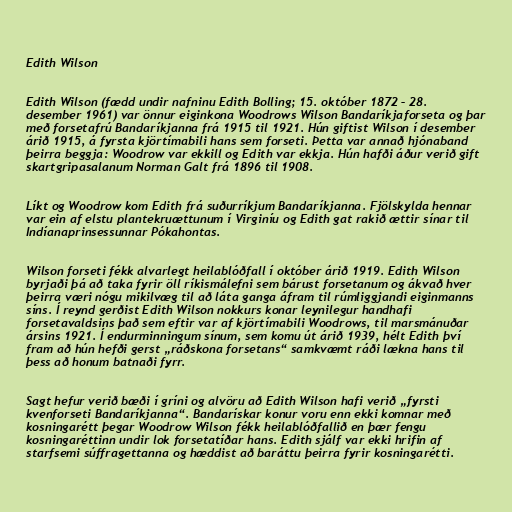
Edith Wilson

Edith Wilson (fædd undir nafninu Edith Bolling; 15. október 1872 – 28.
desember 1961) var önnur eiginkona Woodrows Wilson Bandaríkjaforseta og þar
með forsetafrú Bandaríkjanna frá 1915 til 1921. Hún giftist Wilson í desember
árið 1915, á fyrsta kjörtímabili hans sem forseti. Þetta var annað hjónaband
þeirra beggja: Woodrow var ekkill og Edith var ekkja. Hún hafði áður verið gift
skartgripasalanum Norman Galt frá 1896 til 1908.

Líkt og Woodrow kom Edith frá suðurríkjum Bandaríkjanna. Fjölskylda hennar
var ein af elstu plantekruættunum í Virginíu og Edith gat rakið ættir sínar til
Indíanaprinsessunnar Pókahontas.

Wilson forseti fékk alvarlegt heilablóðfall í október árið 1919. Edith Wilson
byrjaði þá að taka fyrir öll ríkismálefni sem bárust forsetanum og ákvað hver
þeirra væri nógu mikilvæg til að láta ganga áfram til rúmliggjandi eiginmanns
síns. Í reynd gerðist Edith Wilson nokkurs konar leynilegur handhafi
forsetavaldsins það sem eftir var af kjörtímabili Woodrows, til marsmánuðar
ársins 1921. Í endurminningum sínum, sem komu út árið 1939, hélt Edith því
fram að hún hefði gerst „ráðskona forsetans“ samkvæmt ráði lækna hans til
þess að honum batnaði fyrr.

Sagt hefur verið bæði í gríni og alvöru að Edith Wilson hafi verið „fyrsti
kvenforseti Bandaríkjanna“. Bandarískar konur voru enn ekki komnar með
kosningarétt þegar Woodrow Wilson fékk heilablóðfallið en þær fengu
kosningaréttinn undir lok forsetatíðar hans. Edith sjálf var ekki hrifin af
starfsemi súffragettanna og hæddist að baráttu þeirra fyrir kosningarétti.